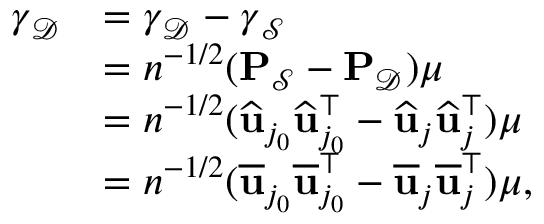
\begin{array} { r l } { { \boldsymbol \gamma } _ { \mathcal { D } } } & { = { \boldsymbol \gamma } _ { \mathcal { D } } - { \boldsymbol \gamma } _ { \mathcal { S } } } \\ & { = n ^ { - 1 / 2 } ( \mathbf { P } _ { \mathcal { S } } - \mathbf { P } _ { \mathcal { D } } ) { \boldsymbol \mu } } \\ & { = n ^ { - 1 / 2 } ( \widehat { \mathbf { u } } _ { j _ { 0 } } \widehat { \mathbf { u } } _ { j _ { 0 } } ^ { \top } - \widehat { \mathbf { u } } _ { j } \widehat { \mathbf { u } } _ { j } ^ { \top } ) { \boldsymbol \mu } } \\ & { = n ^ { - 1 / 2 } ( \overline { { \mathbf { u } } } _ { j _ { 0 } } \overline { { \mathbf { u } } } _ { j _ { 0 } } ^ { \top } - \overline { { \mathbf { u } } } _ { j } \overline { { \mathbf { u } } } _ { j } ^ { \top } ) { \boldsymbol \mu } , } \end{array}